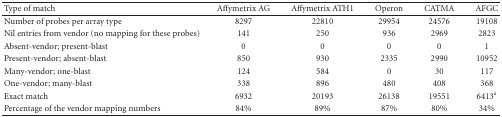
<table><thead><tr><td><b>Type of match</b></td><td><b> AffymetrixAG </b></td><td><b> AffymetrixATH1 </b></td><td><b> Operon </b></td><td><b> CATMA </b></td><td><b> AFGC </b></td></tr></thead><tbody><tr><td>Number of probes per array type</td><td>8297</td><td>22810</td><td>29954</td><td>24576</td><td>19108</td></tr><tr><td>Nil entries from vendor(no mapping for these probes)</td><td>141</td><td>250</td><td>936</td><td>2969</td><td>2823</td></tr><tr><td>Absent-vendor; present-blast</td><td>0</td><td>0</td><td>0</td><td>0</td><td>1</td></tr><tr><td>Present-vendor; absent-blast</td><td>850</td><td>930</td><td>2335</td><td>2990</td><td>10952</td></tr><tr><td>Many-vendor; one-blast</td><td>124</td><td>584</td><td>0</td><td>30</td><td>117</td></tr><tr><td>One-vendor; many-blast</td><td>338</td><td>896</td><td>480</td><td>408</td><td>368</td></tr><tr><td>Exact match</td><td>6932 </td><td>20193</td><td>26138 </td><td>19551</td><td>6413<sup>a</sup></td></tr><tr><td>Percentage of the vendor mapping numbers</td><td>84%</td><td>89%</td><td>87%</td><td>80%</td><td>34%</td></tr></tbody></table>